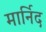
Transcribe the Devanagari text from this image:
मार्निद